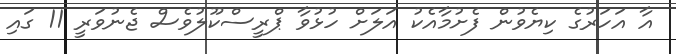
އާ އަހަރުގެ ކިޔެވުން ފެށުމާއެކު އަލަށް ހުޅުވާ ޕްރީސްކޫލުވެސް ޖެނުވަރީ 11 ގައި